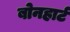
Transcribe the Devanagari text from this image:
बोनहार्ट